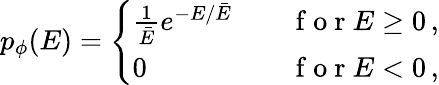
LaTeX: p_{\phi}(E)=\left\{ \begin{array}{ll}{\frac 1{\bar{E}}e^{-E/\bar{E}}\quad}&{\mathrm{~f~o~r~}E\geq 0\, ,}\\ {0}&{\mathrm{~f~o~r~}E<0\, ,}\end{array}\right.